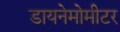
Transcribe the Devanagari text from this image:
डायनेमोमीटर